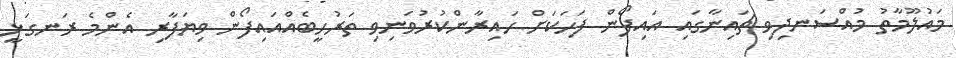
މައުލޫމާތު މުއްސަނދިވި ޗައިނާގައި އައިފޯން ފަހަކަށް ހައިރާންކުރުވަނިވި ތަރުހީބެއްއައިފޯން ވިޔަފާރި އެންމެ ރަނގަޅީ